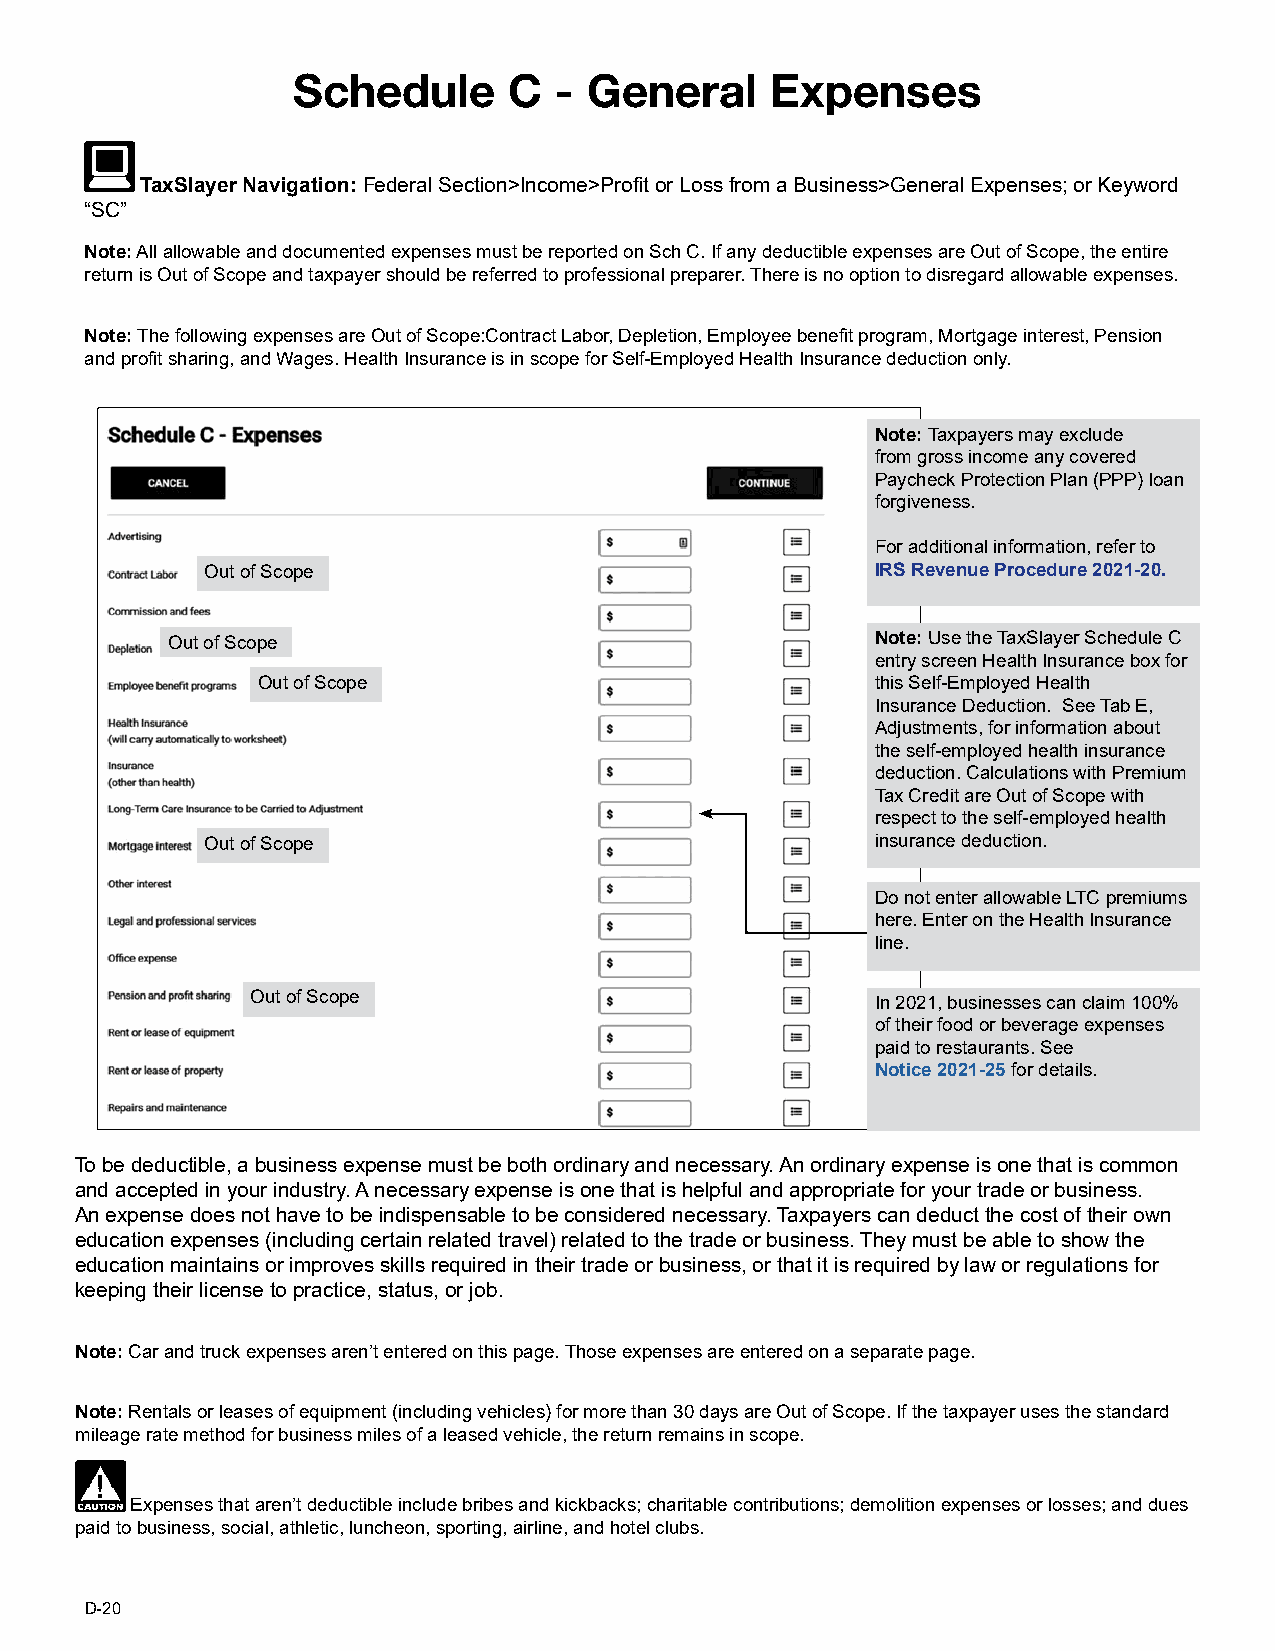
Schedule       C  - General     Expenses
 TaxSlayer Navigation: Federal Section>Income>Profit or Loss from a Business>General Expenses; or Keyword
 “SC”
 Note: All allowable and documented expenses must be reported on Sch C. If any deductible expenses are Out of Scope, the entire
 return is Out of Scope and taxpayer should be referred to professional preparer. There is no option to disregard allowable expenses.
 Note: The following expenses are Out of Scope:Contract Labor, Depletion, Employee benefit program, Mortgage interest, Pension
 and profit sharing, and Wages. Health Insurance is in scope for Self-Employed Health Insurance deduction only.
 Note: Taxpayers may exclude
 from gross income any covered
 Paycheck Protection Plan (PPP) loan
 forgiveness.
 For additional information, refer to
 Out of Scope                                IRS Revenue Procedure 2021-20.
 Out of Scope                                   Note: Use the TaxSlayer Schedule C
 entry screen Health Insurance box for
 Out of Scope                             this Self-Employed Health
 Insurance Deduction. See Tab E,
 Adjustments, for information about
 the self-employed health insurance
 deduction. Calculations with Premium
 Tax Credit are Out of Scope with
 respect to the self-employed health
 Out of Scope                                insurance deduction.
 Do not enter allowable LTC premiums
 here. Enter on the Health Insurance
 line.
 Out of Scope                             In 2021, businesses can claim 100%
 of their food or beverage expenses
 paid to restaurants. See
 Notice 2021-25 for details.
 To be deductible, a business expense must be both ordinary and necessary. An ordinary expense is one that is common
 and accepted in your industry. A necessary expense is one that is helpful and appropriate for your trade or business.
 An expense does not have to be indispensable to be considered necessary. Taxpayers can deduct the cost of their own
 education expenses (including certain related travel) related to the trade or business. They must be able to show the
 education maintains or improves skills required in their trade or business, or that it is required by law or regulations for
 keeping their license to practice, status, or job.
 Note: Car and truck expenses aren’t entered on this page. Those expenses are entered on a separate page.
 Note: Rentals or leases of equipment (including vehicles) for more than 30 days are Out of Scope. If the taxpayer uses the standard
 mileage rate method for business miles of a leased vehicle, the return remains in scope.
 Expenses that aren’t deductible include bribes and kickbacks; charitable contributions; demolition expenses or losses; and dues
 paid to business, social, athletic, luncheon, sporting, airline, and hotel clubs.
 D-20